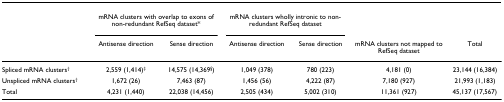
|  | <COLSPAN=2> mRNA clusters with overlap to exons of non-redundant RefSeq dataset* | <COLSPAN=2> mRNA clusters wholly intronic to non-redundant RefSeq dataset |  |  |
 |  | Antisense direction | Sense direction | Antisense direction | Sense direction | mRNA clusters not mapped to RefSeq dataset | Total |
 | --- | --- | --- | --- | --- | --- | --- |
 | Spliced mRNA clusters† | 2,559 (1,414)‡ | 14,575 (14,369§) | 1,049 (378) | 780 (223) | 4,181 (0) | 23,144 (16,384) |
 | Unspliced mRNA clusters† | 1,672 (26) | 7,463 (87) | 1,456 (56) | 4,222 (87) | 7,180 (927) | 21,993 (1,183) |
 | Total | 4,231 (1,440) | 22,038 (14,456) | 2,505 (434) | 5,002 (310) | 11,361 (927) | 45,137 (17,567) |